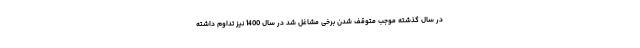
در سال گذشته موجب متوقف شدن برخی مشاغل شد در سال 1400 نیز تداوم داشته